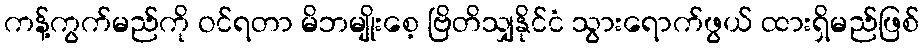
ကန့်ကွက်မည်ကို ဝင်ရတာ မိဘမျိုးစေ့ ဗြိတိသျှနိုင်ငံ သွားရောက်ဖွယ် ထားရှိမည်ဖြစ်